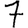
Digit: 7